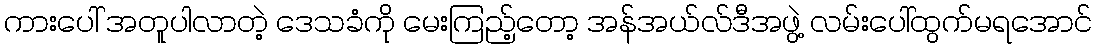
ကားပေါ် အတူပါလာတဲ့ ဒေသခံကို မေးကြည့်တော့ အန်အယ်လ်ဒီအဖွဲ့ လမ်းပေါ်ထွက်မရအောင်